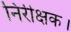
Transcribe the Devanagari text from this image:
निरीक्षक।